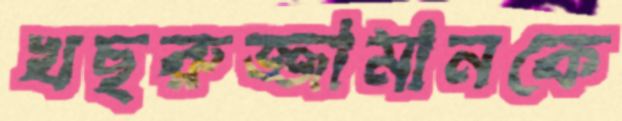
খছরুজ্জামানকে